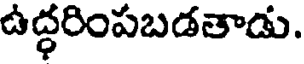
ఉద్ధరింపబడతాడు.